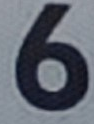
6